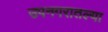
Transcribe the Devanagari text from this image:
उपनगरातल्या